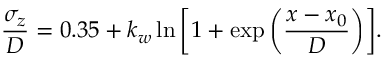
\frac { \sigma _ { z } } { D } = 0 . 3 5 + k _ { w } \ln { \left[ 1 + \exp \left( \frac { x - x _ { 0 } } { D } \right) \right] } .